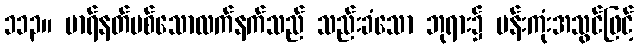
၁၁၃။ မာရ်နတ်ပစ်သောလက်နက်သည် သည်းခံသော ဘုရား၌ ပန်းကုံးအသွင်ဖြင့်